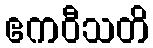
ဧကဝီသတိ